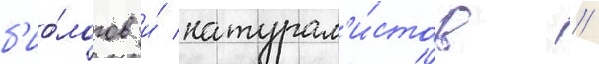
б'ио́логов и́ натурал'и́стов //